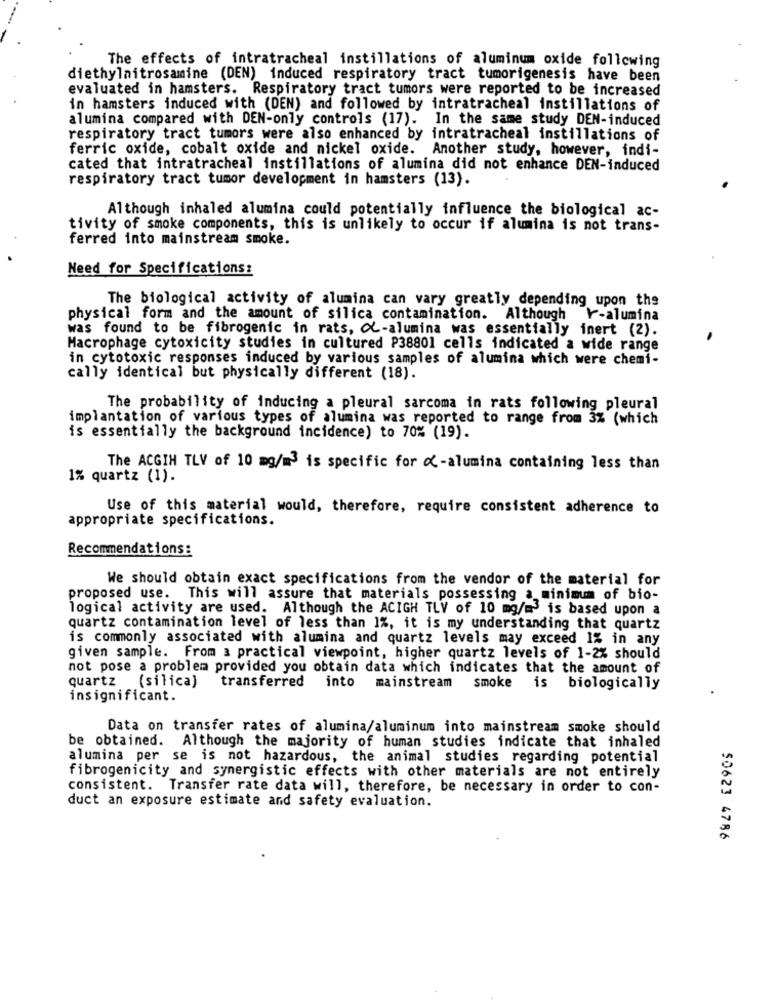
The effects of intratracheal instillations of aluminum oxide following
diethylnitrosamine (DEN) induced respiratory tract tumorigenesis have been
evaluated in hamsters. Respiratory tract tumors were reported to be increased
in hamsters induced with (DEN) and followed by intratracheal instillations of
alumina compared with DEN-only controls (17). In the same study DEN-induced
respiratory tract tumors were also enhanced by intratracheal instillations of
ferric oxide, cobalt oxide and nickel oxide. Another study, however, indi-
cated that intratracheal instillations of alumina did not enhance DEN-induced
respiratory tract tumor development in hamsters (13).
Although inhaled alumina could potentially influence the biological ac-
tivity of smoke components, this is unlikely to occur if alumina is not trans-
ferred into mainstream smoke.
Need for Specifications:
The biological activity of alumina can vary greatly depending upon the
physical form and the amount of silica contamination. Although -alumina
was found to be fibrogenic in rats, O-alumina was essentially inert (2) .
Macrophage cytoxicity studies in cultured P38801 cells indicated a wide range
in cytotoxic responses induced by various samples of alumina which were chemi-
cally identical but physically different (18).
The probability of inducing a pleural sarcoma in rats following pleural
implantation of various types of alumina was reported to range from 3% (which
is essentially the background incidence) to 70% (19).
The ACGIH TLV of 10 mg/m3 is specific for -alumina containing less than
1% quartz (1).
Use of this material would, therefore, require consistent adherence to
appropriate specifications.
Recommendations:
We should obtain exact specifications from the vendor of the material for
proposed use. This will assure that materials possessing a minimum of bio-
logical activity are used. Although the ACIGH TLV of 10 mg/m is based upon a
quartz contamination level of less than 1%, it is my understanding that quartz
is commonly associated with alumina and quartz levels may exceed 1% in any
given sample. From a practical viewpoint, higher quartz levels of 1-2% should
not pose a problem provided you obtain data which indicates that the amount of
transferred
into
mainstream
quartz (silica)
smoke
is biologically
insignificant.
Data on transfer rates of alumina/aluminum into mainstream smoke should
be obtained. Although the majority of human studies indicate that inhaled
alumina per se is not hazardous, the animal studies regarding potential
fibrogenicity and synergistic effects with other materials are not entirely
consistent. Transfer rate data will, therefore, be necessary in order to con-
duct an exposure estimate and safety evaluation.
50623 4786